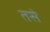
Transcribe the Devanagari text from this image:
तसेे